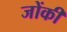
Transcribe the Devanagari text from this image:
जोंकी